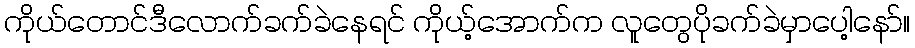
ကိုယ်တောင်ဒီလောက်ခက်ခဲနေရင် ကိုယ့်အောက်က လူတွေပိုခက်ခဲမှာပေါ့နော်။